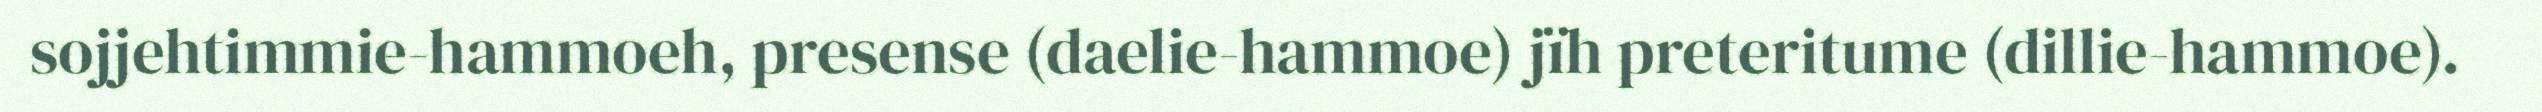
sojjehtimmie-hammoeh, presense (daelie-hammoe) jïh preteritume (dillie-hammoe).